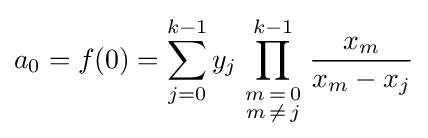
a_{0}=f(0)=\sum _{j=0}^{k-1}y_{j}\prod _{\begin{smallmatrix}m\,=\,0\\m\,\neq \,j\end{smallmatrix}}^{k-1}{\frac {x_{m}}{x_{m}-x_{j}}}